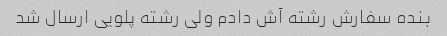
بنده سفارش رشته آش دادم ولی رشته پلویی ارسال شد